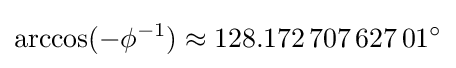
\arccos(-\phi ^{-1})\approx 128.172\,707\,627\,01^{\circ }